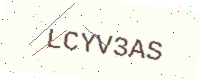
Text: LCYV3AS